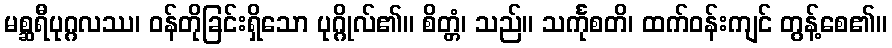
မစ္ဆရီပုဂ္ဂလဿ၊ ဝန်တိုခြင်းရှိသော ပုဂ္ဂိုလ်၏။ စိတ္တံ၊ သည်။ သင်္ကုစတိ၊ ထက်ဝန်းကျင် တွန့်စေ၏။